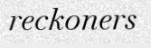
reckoners